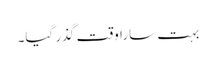
بہت سارا وقت گذر گیا۔